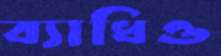
ব্যাধিও